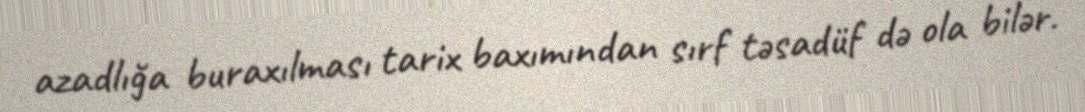
azadlığa buraxılması tarix baxımından sırf təsadüf də ola bilər.